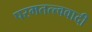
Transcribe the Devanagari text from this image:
परमतत्त्ववादी